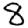
Digit: 8